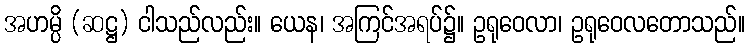
အဟမ္ပိ (ဆဋ္ဌ) ငါသည်လည်း။ ယေန၊ အကြင်အရပ်၌။ ဥရုဝေလာ၊ ဥရုဝေလတောသည်။